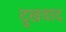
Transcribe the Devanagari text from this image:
दुखवाद